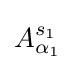
A_{\alpha _{1}}^{s_{1}}